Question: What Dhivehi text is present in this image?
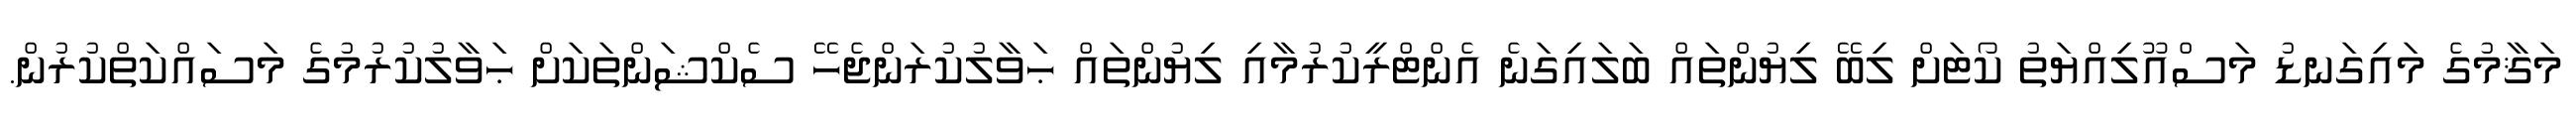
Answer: މަޤާމުގެ މައިގަނޑު މަސްއޫލިއްޔަތު ކޯޓަށް ލިބޭ ލިޔުންތައް ބަލައިގަނެ އެންޓްރީކުރުމާއި ލިޔުންތައް ޙަވާލުކުރަންޖެހޭ ސެކްޝަންތަކަށް ޙަވާލުކުރުމުގެ މަސައްކަތްކުރުން.